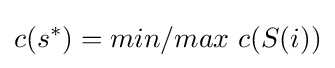
c(s^{*})=min/max\ c(S(i))